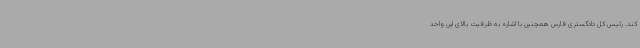
کند. رئیس کل دادگستری فارس همچنین با اشاره به ظرفیت بالای این واحد